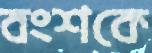
বংশকে